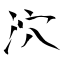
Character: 泬